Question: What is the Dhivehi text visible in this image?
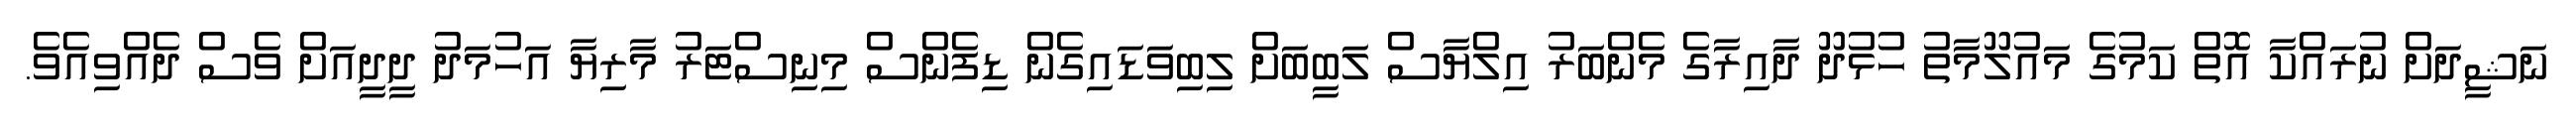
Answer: ނަޝީދަށް ނުރައްކާ އޮތް ކަމުގެ މައުލޫމާތު ހުޅުދޫ ދާއިރާގެ މެންބަރު އިލްޔާސް ލަބީބަށް ލިބިވަޑައިގެން ޑިފެންސް މިނިސްޓަރު މާރިޔާ އަހުމަދު ދީދީއަށް ވެސް ދެއްވިއެވެ.